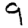
Digit: 9